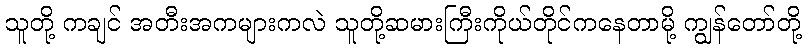
သူတို့ ကချင် အတီးအကများကလဲ သူတို့ဆမားကြီးကိုယ်တိုင်ကနေတာမို့ ကျွန်တော်တို့